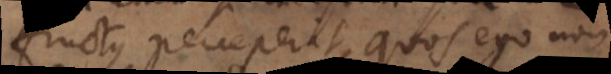
fructus perceperit, quos ego non